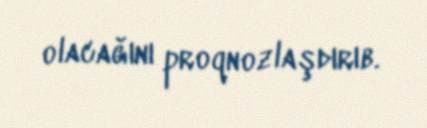
olacağını proqnozlaşdırıb.